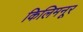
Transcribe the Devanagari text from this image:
किलिमनूर